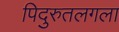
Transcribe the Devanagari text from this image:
पिदुरुतलगला